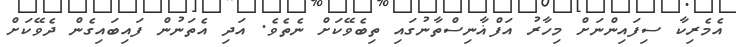
އެމެރިކާ ސިފައިންނަށް މިހާރު އަފްޣާނިސްތާނުގައި ތިބެވޭކަށް ނެތެވެ. އަދި އެތަނުން ފައިބައިގެން ދެވޭކަށް